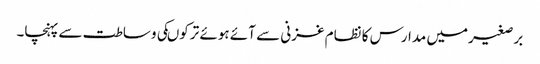
برصغیرمیں مدارس کا نظام غزنی سے آئے ہوئے ترکوںکی وساطت سے پہنچا۔